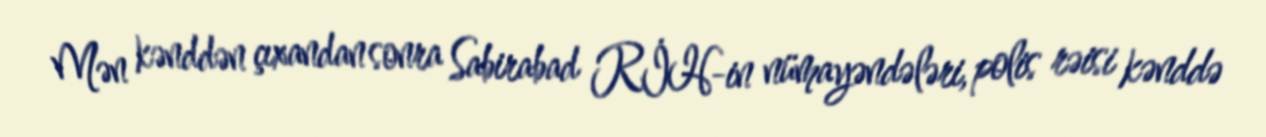
Mən kənddən çıxandan sonra Sabirabad RİH-in nümayəndələri, polis rəisi kənddə